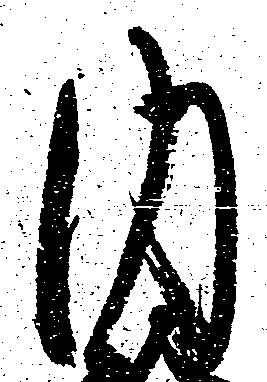
内